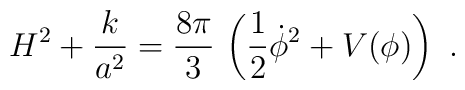
H^2 + \frac{k}{a^2} = \frac{8\pi}{3}\, \left(\frac{1}{2}\dot\phi^2 + V(\phi)\right) \ .